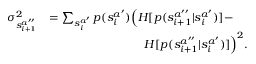
\begin{array} { r l } { \sigma _ { s _ { i + 1 } ^ { a ^ { \prime \prime } } } ^ { 2 } } & { = \sum _ { s _ { i } ^ { a ^ { \prime } } } p ( s _ { i } ^ { a ^ { \prime } } ) \Big ( H [ p ( s _ { i + 1 } ^ { a ^ { \prime \prime } } | s _ { i } ^ { a ^ { \prime } } ) ] - } \\ & { \qquad \qquad \qquad \qquad H [ p ( s _ { i + 1 } ^ { a ^ { \prime \prime } } | s _ { i } ^ { a ^ { \prime } } ) ] \Big ) ^ { 2 } . } \end{array}